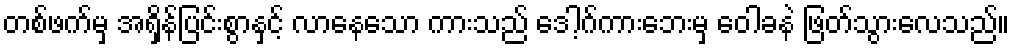
တစ်ဖက်မှ အရှိန်ပြင်းစွာနှင့် လာနေသော ကားသည် ဒေါ့ဂ်ကားဘေးမှ ဝေါခနဲ ဖြတ်သွားလေသည်။